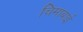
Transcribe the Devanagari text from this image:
चिमाबाई